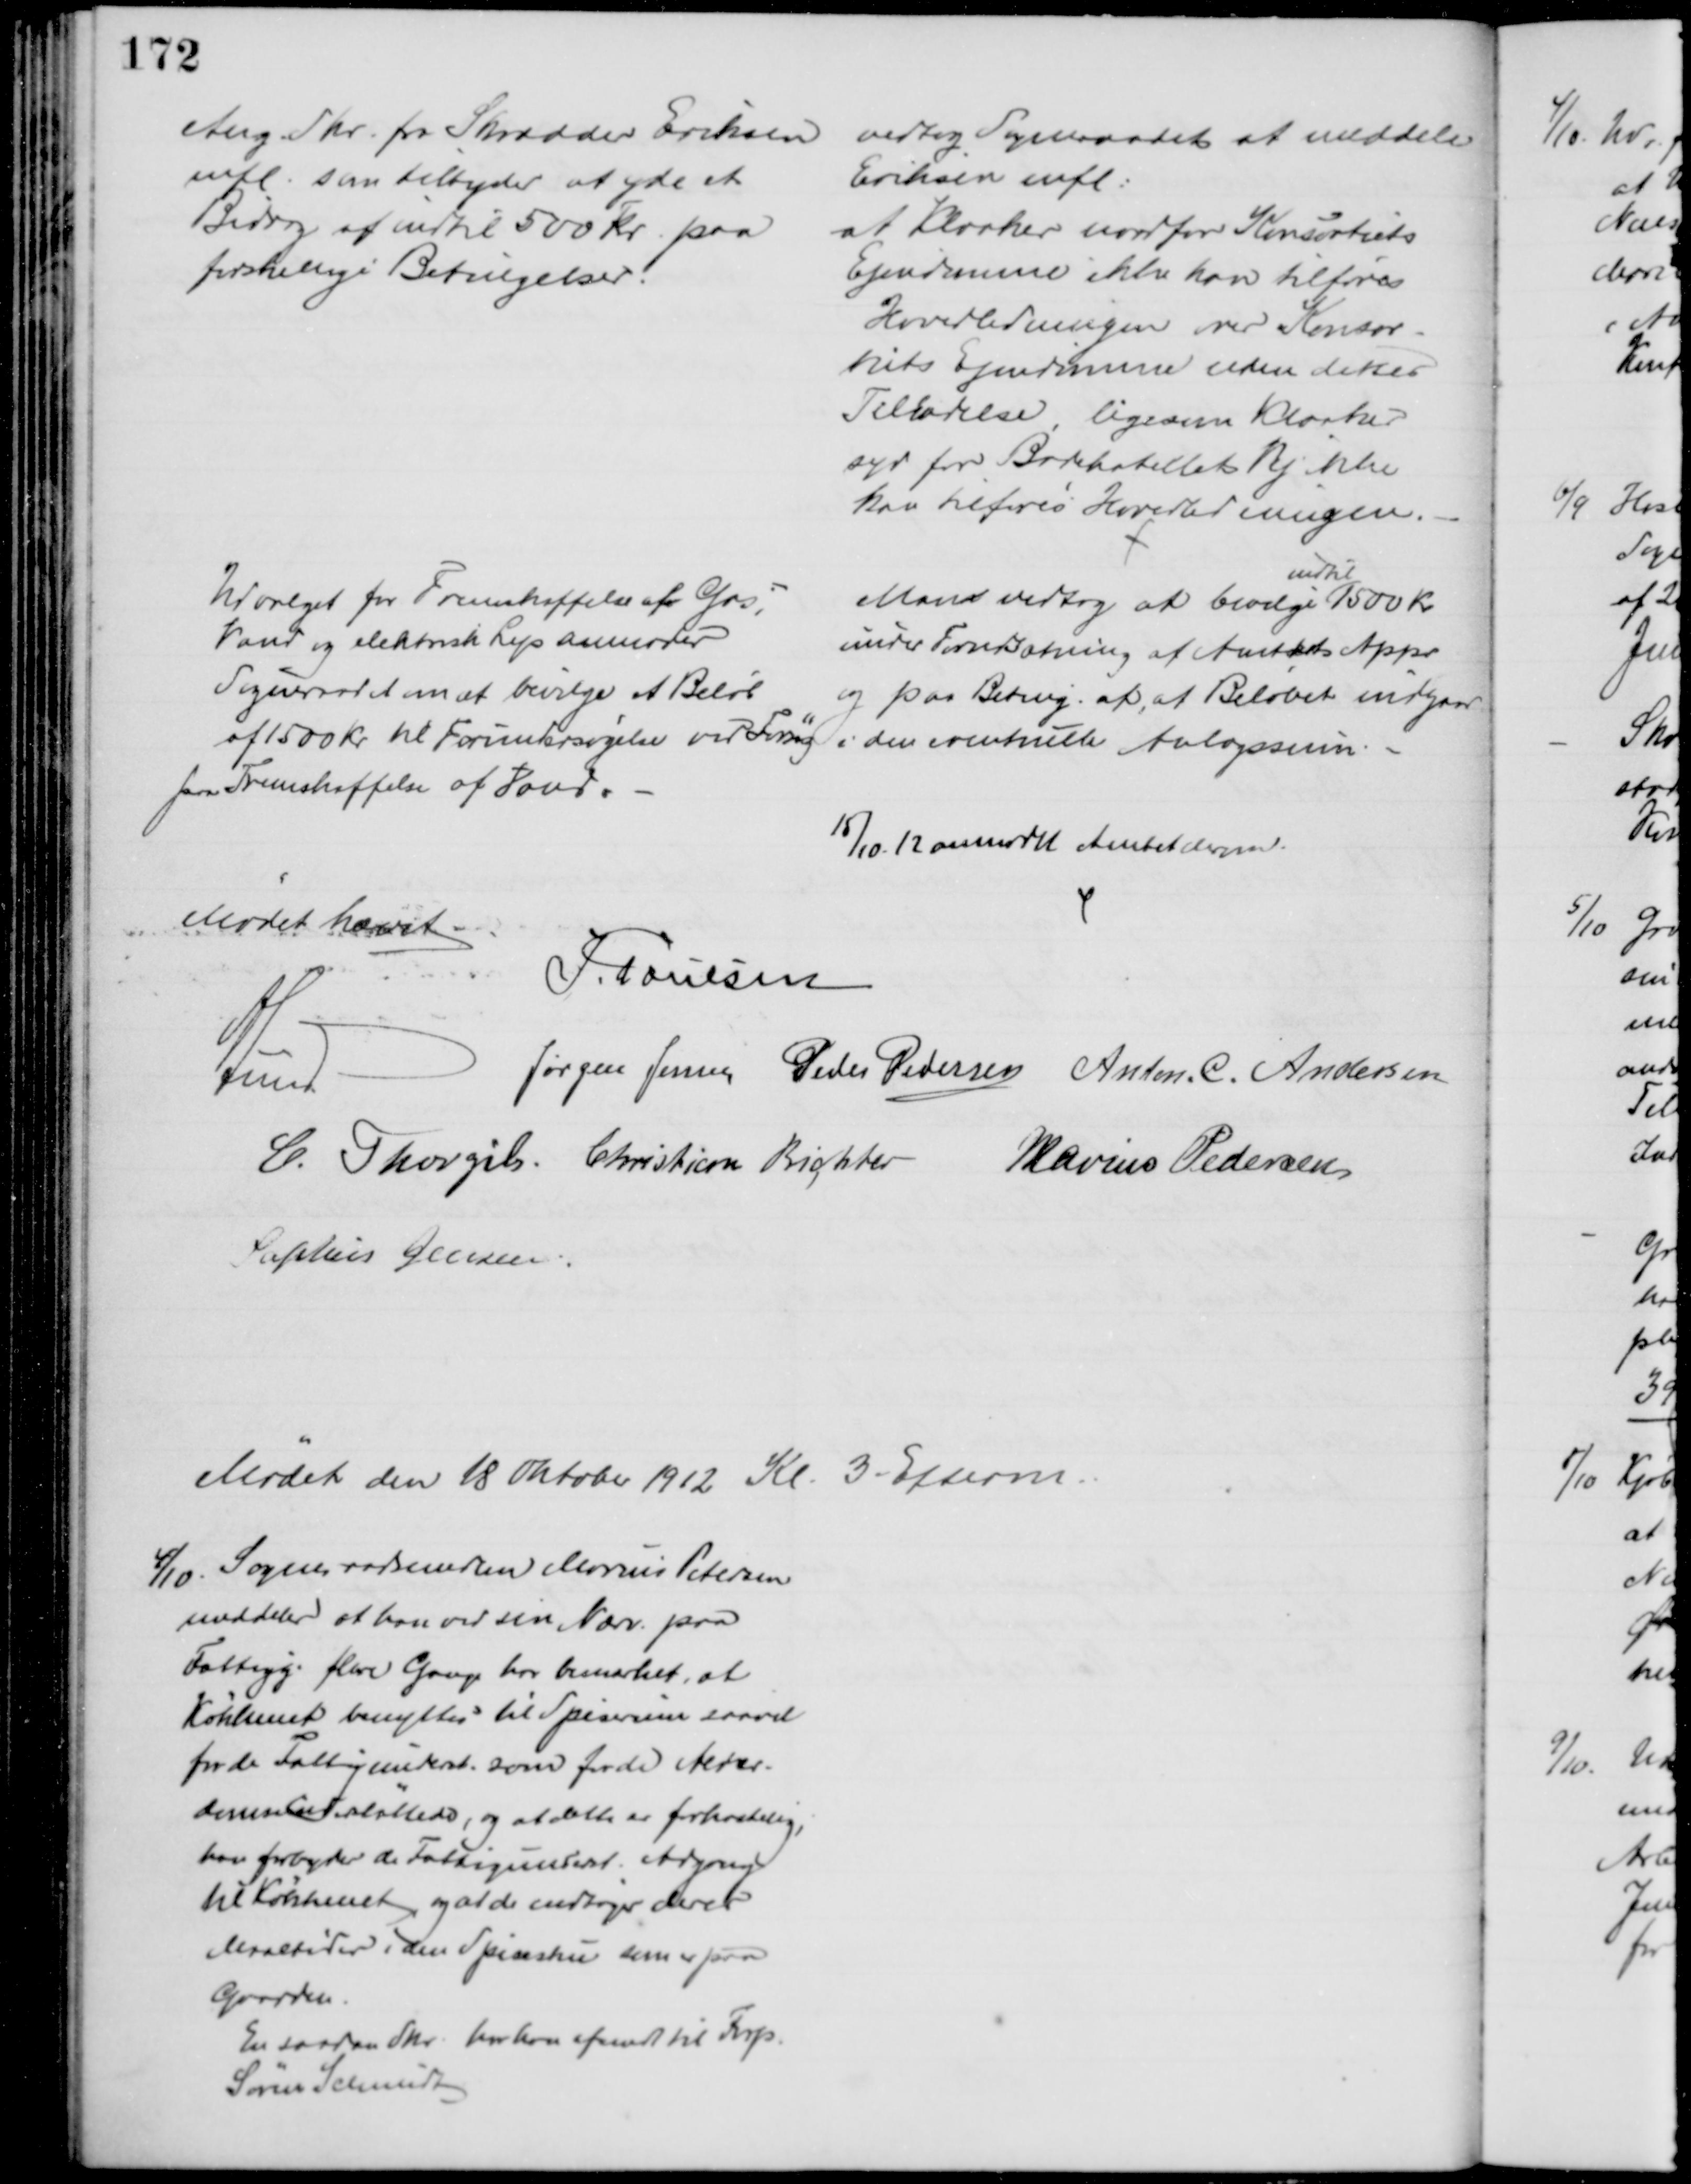
Transskription:
Ang. Skr. fra Skrædder Eriksen
mfl. som tilbyder at yde et 
Bidrag af indtil 500 Kr. paa
forskellige Betingelser.
vedtog Sogneraadet at meddele
Eriksen mfl:
at Kloaker nordfor Konsortiets
Ejendomme ikke kan tilføres
Hovedledningen over Konsor-
tiets Ejendomme uden dettes 
Tilladelse, ligesom Kloaker
syd for Badehotellets Vej ikke
kan tilføres Hovedledningen.
Udvalget for Fremskaffelse af Gas,
Vand og elektrisk Lys anmoder
Sogneraadet om at bevilge et Beløb
af 1500 Kr til Forundersøgelse ved Forsøg
paa Fremskaffelse af Vand.
Man vedtog at bevilge 
indtil
1500 Kr.
under Forudsætning af Amtets Appr
og paa Beting. af, at Beløbet indgaar 
i den eventulle Anlægssum.
15/10 12 anmodet Amtet derom.
Mødet hævet
J. Poulsen
A Lund
Jørgen Jensen Peder Pedersen Anton. C. Andersen
C. Thorgils. Christian Richter Marius Pedersen
Sophus Jensen.
Mødet den 18 Oktober 1912 Kl 3 Efterm.
4/10. Sogneraadsmedlem Marius Petersen
meddeler at han ved sin Nærv. paa
Fattigg. flere Gange har bemærket, at
Køkkenet benyttes til Spiserum saavel
for de Fattigunderst. som for de Alder-
domsunderstøttede, og at dette er forkastelig,
han forbyder de Fattigunderst. Adgang
til Køkkenet, og at de indtager deres
Maaltider i den Spisestue som er paa
Gaarden.
En saadan Skr. har han afsendt til Forp.
Søren Schmidt